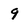
Character: 9